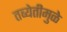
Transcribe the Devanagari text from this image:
तब्येतीमुळे